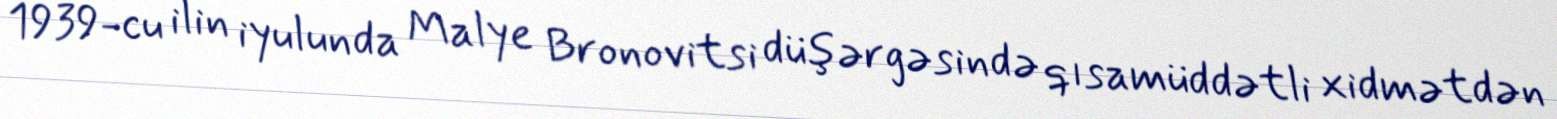
1939-cu ilin iyulunda Malye Bronovitsi düşərgəsində qısamüddətli xidmətdən